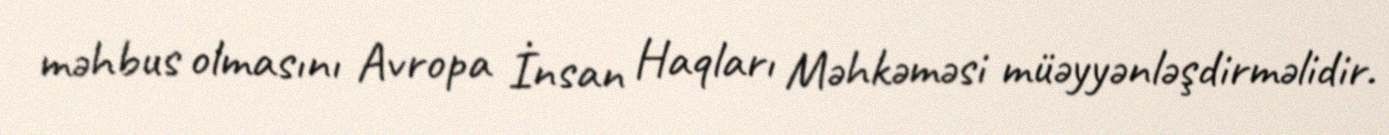
məhbus olmasını Avropa İnsan Haqları Məhkəməsi müəyyənləşdirməlidir.